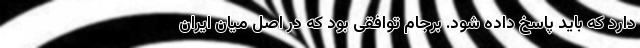
دارد که باید پاسخ داده شود. برجام توافقی بود که در اصل میان ایران